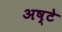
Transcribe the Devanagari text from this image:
अष्टे